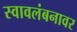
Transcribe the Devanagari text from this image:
स्वावलंबनावर